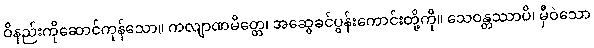
ဝိနည်းကိုဆောင်ကုန်သော။ ကလျာဏမိတ္တေ၊ အဆွေခင်ပွန်းကောင်းတို့ကို။ သေဝန္တဿာပိ၊ မှီဝဲသော